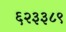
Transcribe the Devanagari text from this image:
६२३३८९